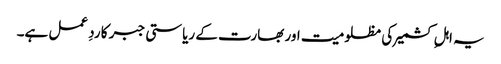
یہ اہلِ کشمیر کی مظلومیت اور بھارت کے ریاستی جبر کا ردِ عمل ہے۔